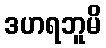
ဒဟရဘူမိ